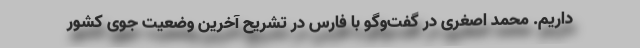
داریم. محمد اصغری در گفت‌وگو با فارس در تشریح آخرین وضعیت جوی کشور